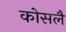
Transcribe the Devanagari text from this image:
कोसलै